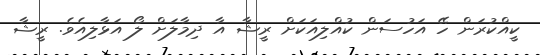
ކީއްކުރަން ހޭ އަހުސަން ކުއްލިއަކަށް ރީޝާ އާ ދިމާލަށް ލޯ އަޅާލިއެވެ. ރީޝާ